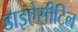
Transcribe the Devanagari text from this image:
डाइऐसीटिल